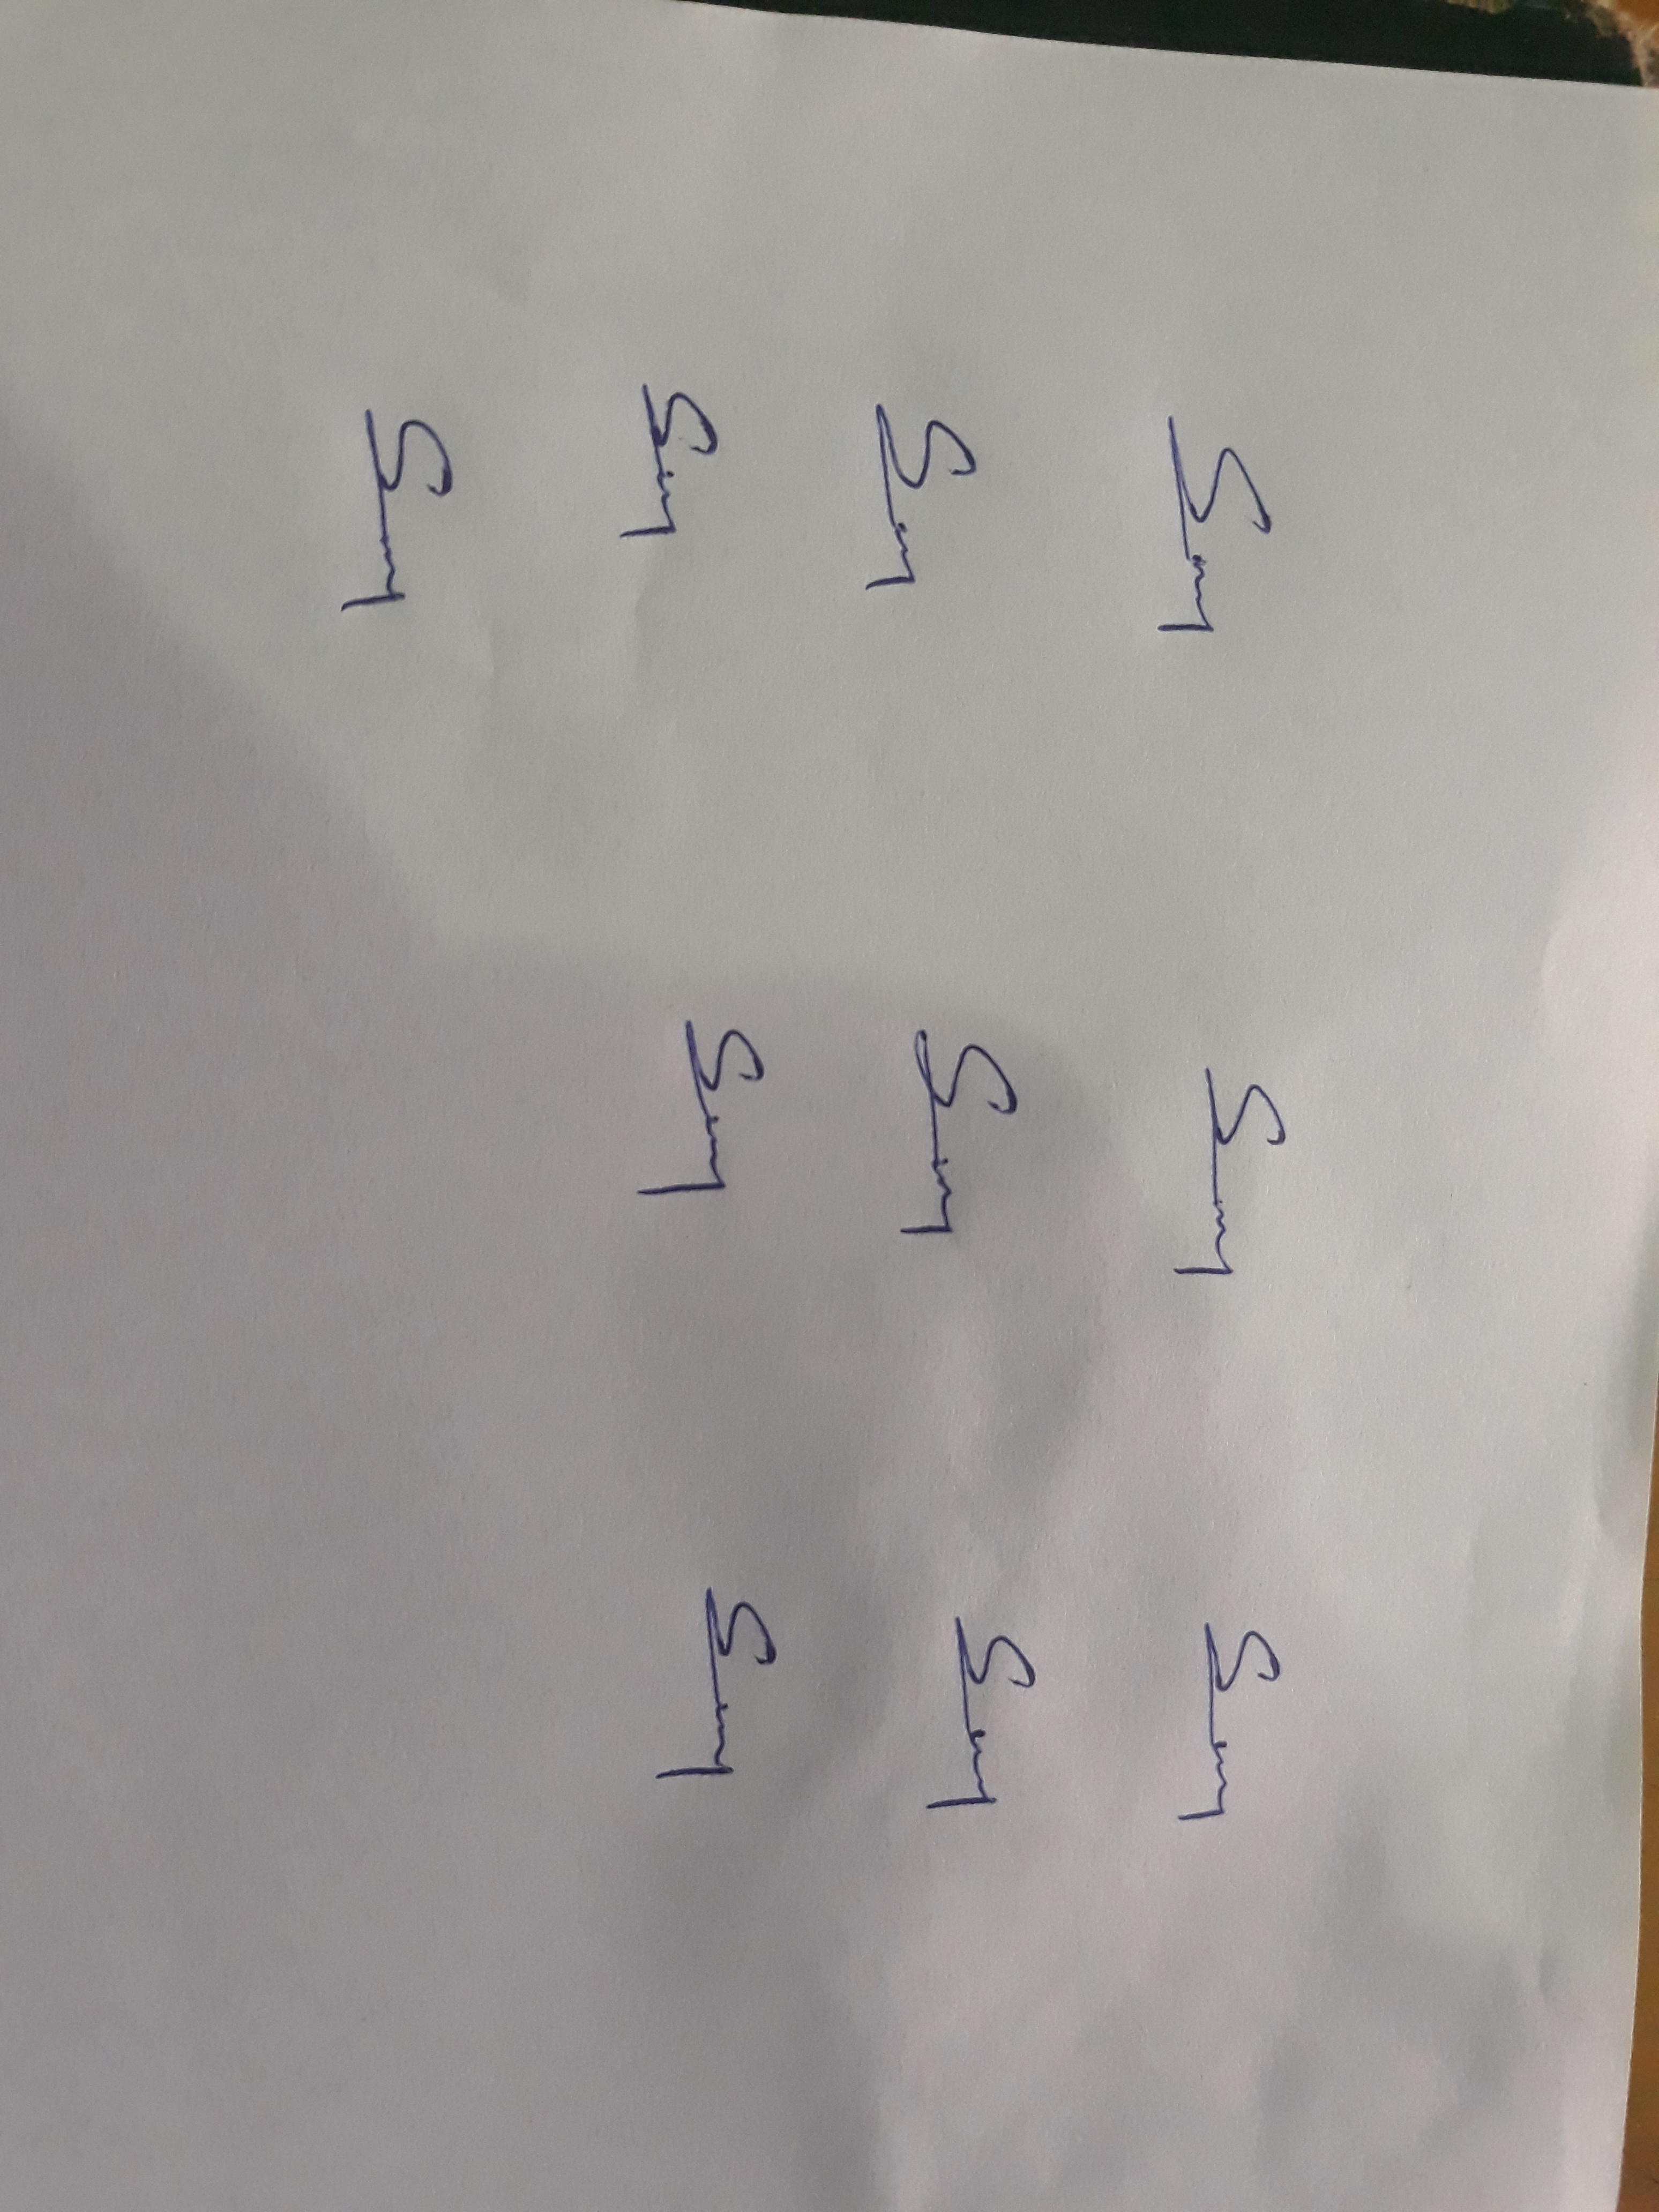
Signature authenticity: genuine